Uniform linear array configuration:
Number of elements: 48
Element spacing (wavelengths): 0.25
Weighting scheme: exponential
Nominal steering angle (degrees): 45
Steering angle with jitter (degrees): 45.744
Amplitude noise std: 0.05
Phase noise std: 0.05

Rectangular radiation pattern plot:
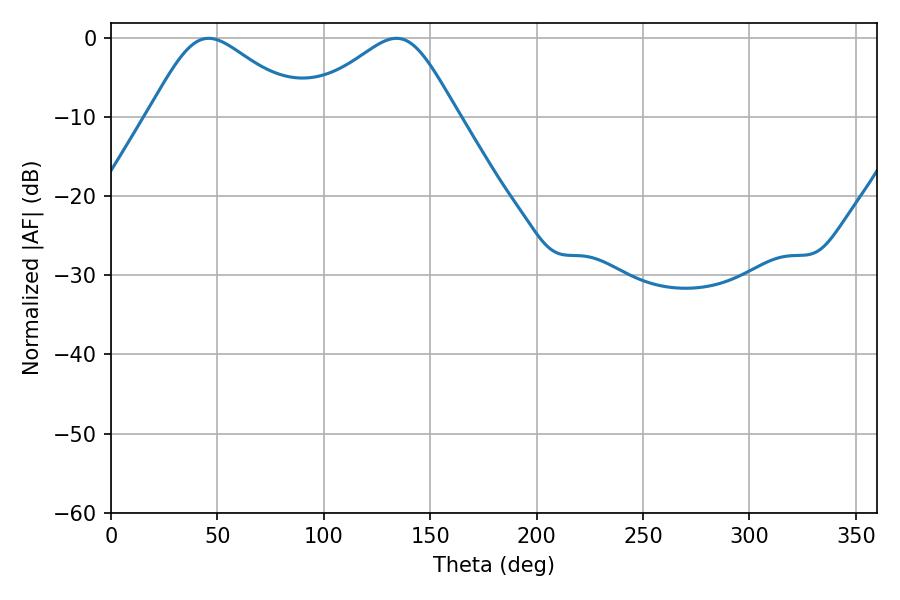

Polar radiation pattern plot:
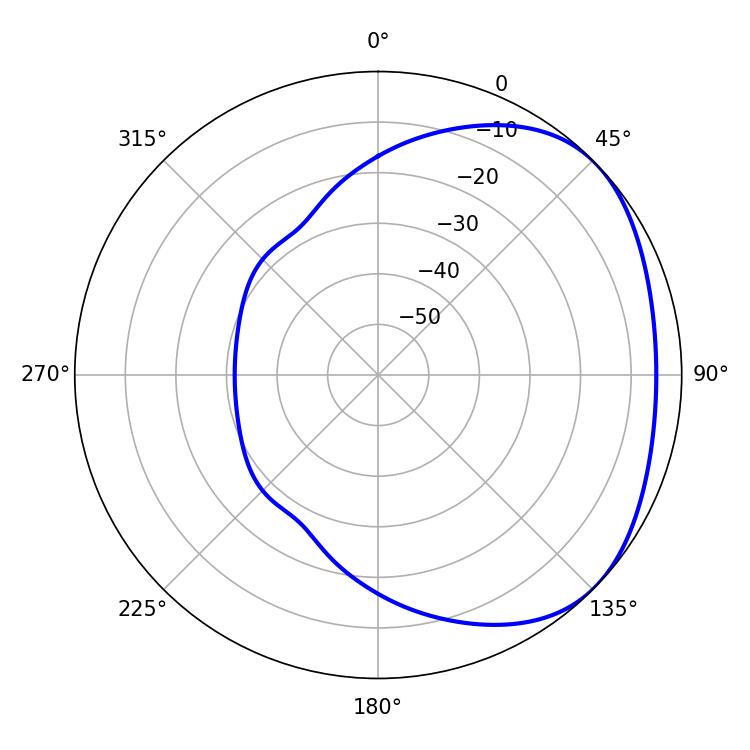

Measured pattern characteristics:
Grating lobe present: FALSE
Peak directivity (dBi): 2.662
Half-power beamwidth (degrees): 36.18
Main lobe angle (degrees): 45.9